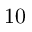
1 0